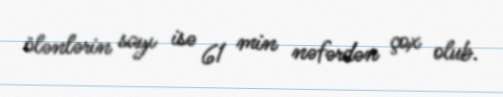
ölənlərin sayı isə 61 min nəfərdən çox olub.